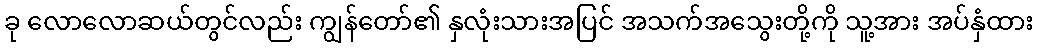
ခု လောလောဆယ်တွင်လည်း ကျွန်တော်၏ နှလုံးသားအပြင် အသက်အသွေးတို့ကို သူ့အား အပ်နှံထား